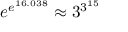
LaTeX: e ^ { e ^ { 1 6 . 0 3 8 } } \approx 3 ^ { 3 ^ { 1 5 } }